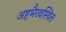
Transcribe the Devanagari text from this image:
अष्टभैरवस्थित